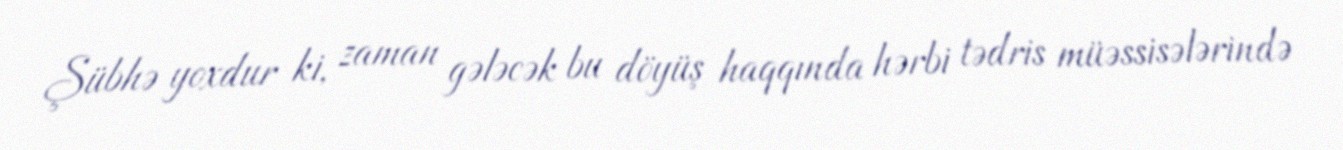
Şübhə yoxdur ki, zaman gələcək bu döyüş haqqında hərbi tədris müəssisələrində